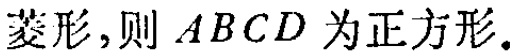
菱形，则 \(ABCD\) 为正方形.